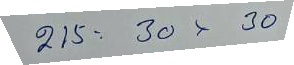
215 = 30 x 30